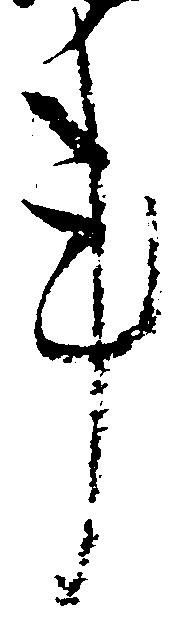
事